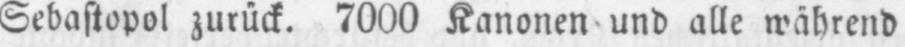
Sebastopol zurück. 7000 Kanonen und alle während